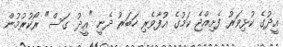
އީދުގެ ކުޅިވަރު ފެށިއްޖެ ކަމުގެ އުފާވެރި ހަބަރު ދެނީ "އީދު ގަސް" ރޯކުރުމުން